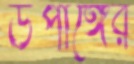
উপাঙ্গের